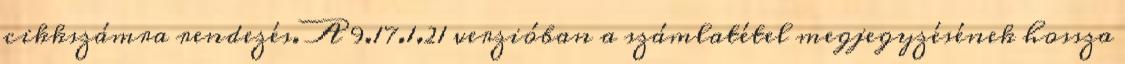
cikkszámra rendezés. A 9.17.1.21 verzióban a számlatétel megjegyzésének hossza